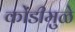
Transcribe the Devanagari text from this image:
कोंडीमुळे